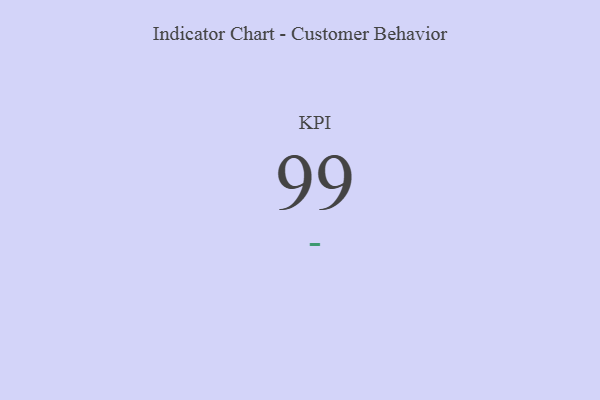
{"axis": {"x": "KPI", "y": "Value"}, "legend": [""], "data": [{"x": "KPI", "y": 99, "type": ""}]}